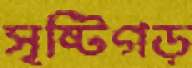
সৃষ্টিগড়